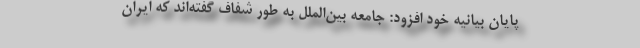
پایان بیانیه خود افزود: جامعه بین‌الملل به طور شفاف گفته‌اند که ایران